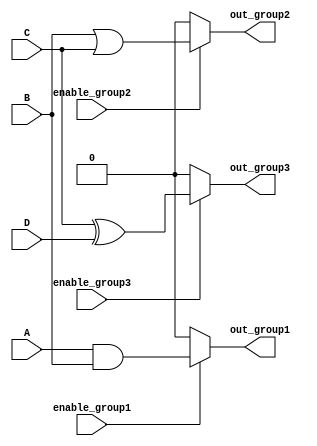
module combinational_logic (
    input wire A,
    input wire B,
    input wire C,
    input wire D,
    input wire enable_group1,
    input wire enable_group2,
    input wire enable_group3,
    output wire out_group1,
    output wire out_group2,
    output wire out_group3
);

// Group 1: Inputs A and B for an AND function
assign out_group1 = (enable_group1) ? (A & B) : 1'b0; // Output active only if group is enabled

// Group 2: Inputs B and C for an OR function (overlapping with Group 1)
assign out_group2 = (enable_group2) ? (B | C) : 1'b0; // Output active only if group is enabled

// Group 3: Inputs C and D for an XOR function (overlapping with Groups 1 and 2)
assign out_group3 = (enable_group3) ? (C ^ D) : 1'b0; // Output active only if group is enabled

endmodule